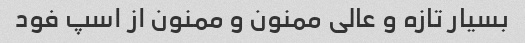
بسیار تازه و عالی ممنون و ممنون از اسپ فود